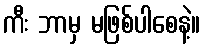
ကီး ဘာမှ မဖြစ်ပါစေနဲ့။